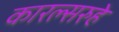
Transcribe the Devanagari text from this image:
कारल्सरुहे